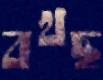
বখছ